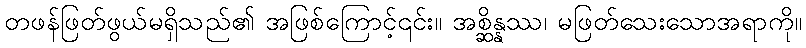
တဖန်ဖြတ်ဖွယ်မရှိသည်၏ အဖြစ်ကြောင့်၎င်း။ အစ္ဆိန္နဿ၊ မဖြတ်သေးသောအရာကို။